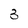
Character: 3